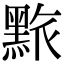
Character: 𪑄